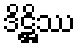
ဒိဋ္ဌိဿ